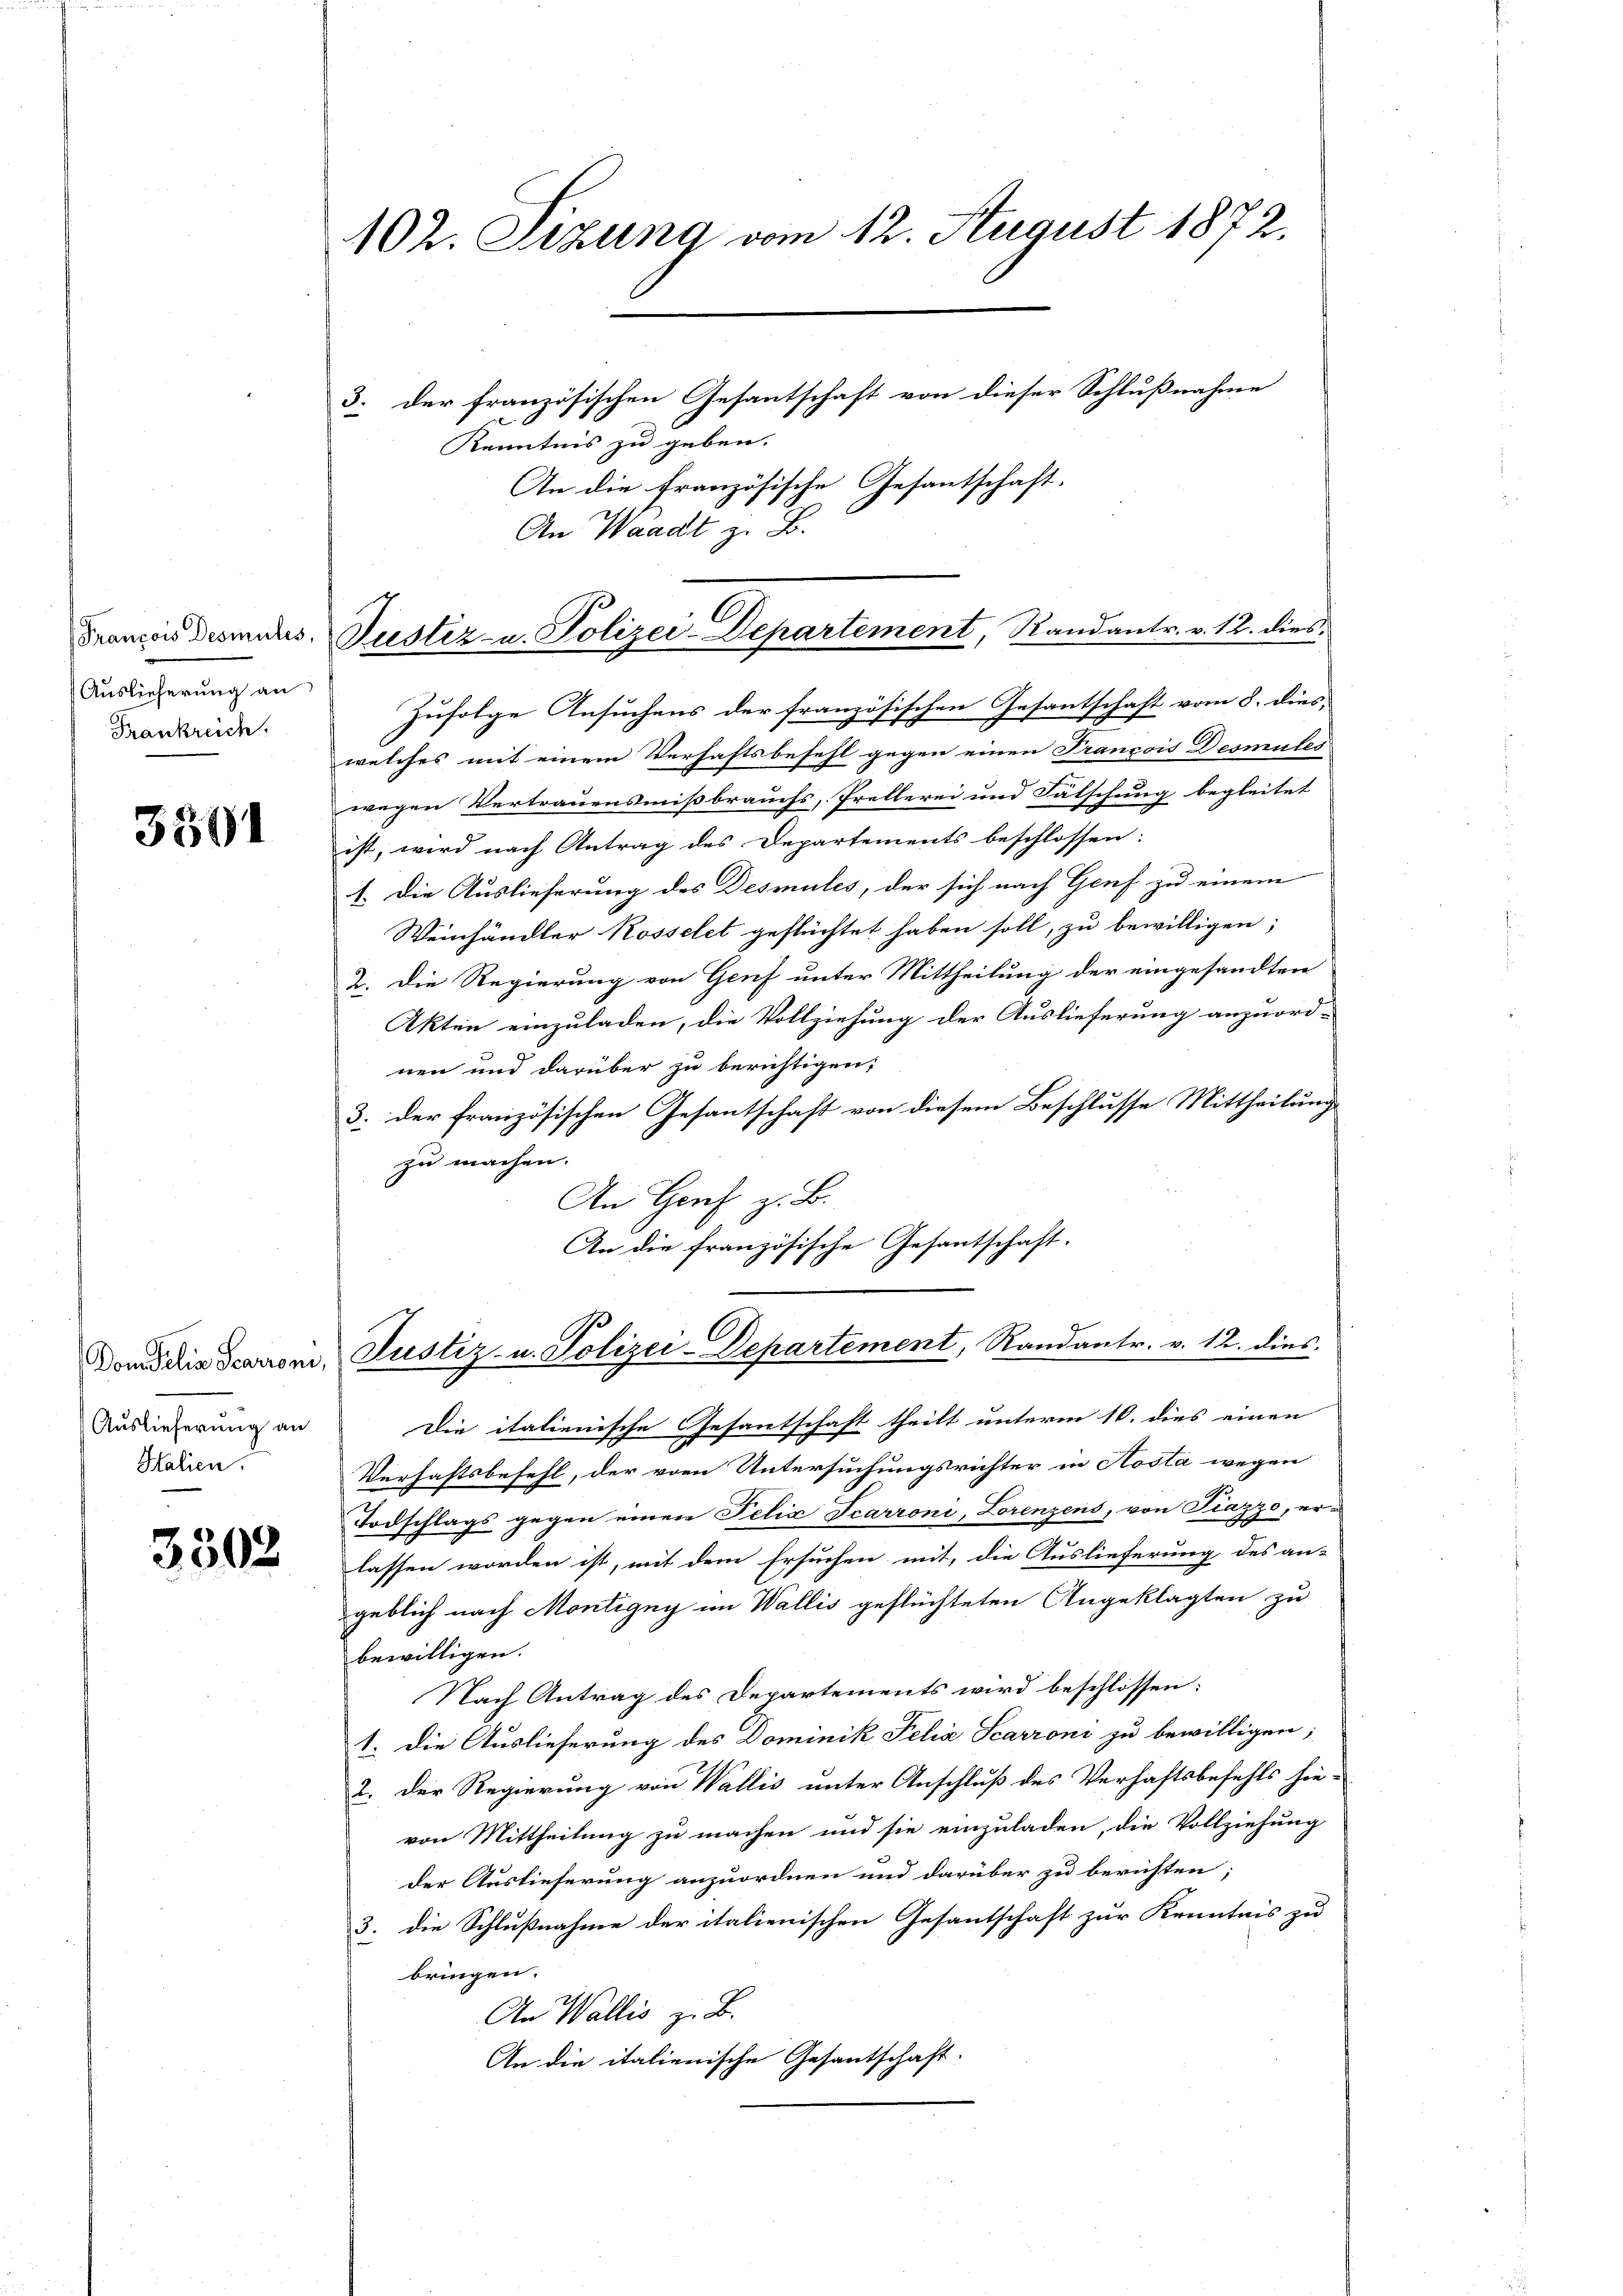
Auslieferung an
Frankreiche

3501

Auslieferung an
Halien.

3502

102. Sitzung vom 12. August 1872,

Frances desmis Justiz- u. Polizei-Departement, Standantr. v. 12. dies

3. der französischen Gesantschaft von dieser Schlußnahme
Kenntnis zu geben.
An die französische Gesantschaft-
An Waadt z. B.
Zufolge Ansuchens der französischen Gesantschaft vom 8. dies,
welches mit einem Verhaftsbefehl gegen einen Francois Desmules
wegen Vertrauensmißbrauchs, Prellerei und Fälschung begleitet
ist, wird nach Antrag des Departements beschlossen:
1. Die Auslieferung des Desmules, der sich nach Genf zu einem
Weinhändler Rosselet geflüchtet haben soll, zu bewilligen;
2. Die Regierung von Genf unter Mittheilung der eingesandten
Akten einzuladen, die Vollziehung der Auslieferung anzuord-
nen und darüber zu berichtigen,
3. der französischen Gesantschaft von diesem Beschlusse Mittheilung
zu machen.
An Genf z. B.
An die französische Gesantschaft.
Dond die Scarroni, Justiz- u. Polizei-Departement, Randantr. v. 12. dies
Die italienische Gesantschaft theilt unterm 16. dies einen
Verhaftsbefehl, der vom Untersuchungsrichter in Kosta wegen
Todschlags gegen einen Felix Scarroni, Lorenzens, von Piazzo, er-
lassen worden ist, mit dem Ersuchen mit, die Auslieferung des an-
geblich nach Montigny im Wallis geflüchteten Angeklagten zu
bewilligen.
Nach Antrag des Departements wird beschlossen:
1. Die Auslieferung des Dominik Felia Scarroni zu bewilligen;
2. Der Regierung von Wallis unter Anschluß des Verhaftsbefehls hie-
von Mittheilung zu machen und sie einzuladen, die Vollziehung
der Auslieferung anzuordnen und darüber zu berichten;
3. die Schlußnahme der italienischen Gesantschaft zur Kenntnis zu
bringen.
An Wallis z. B.
An die italienische Gesantschaft.